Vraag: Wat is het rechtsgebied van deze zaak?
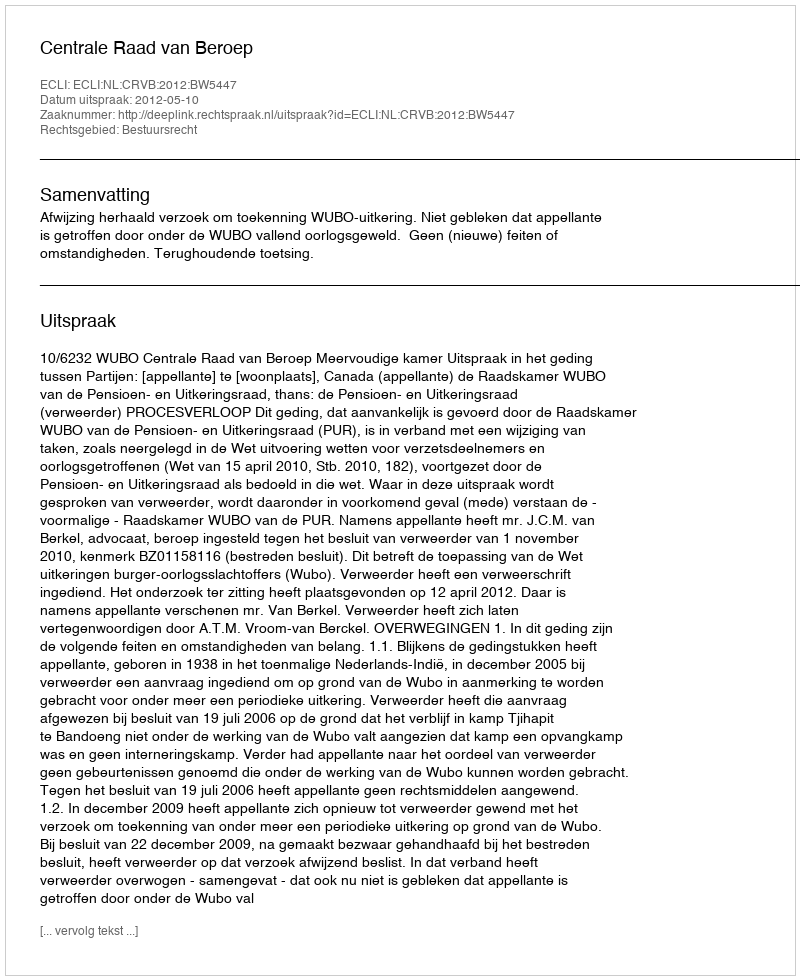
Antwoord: Bestuursrecht